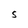
Character: S